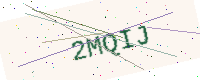
Text: 2MQIJ